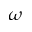
\omega